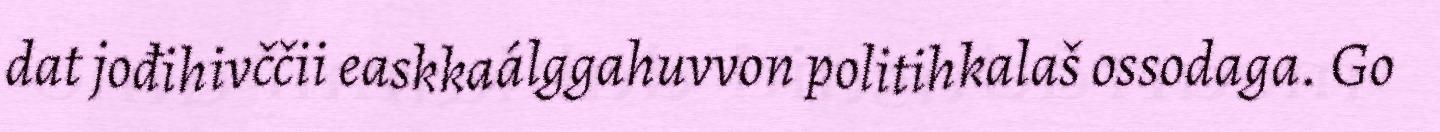
dat jođihivččii easkkaálggahuvvon politihkalaš ossodaga. Go